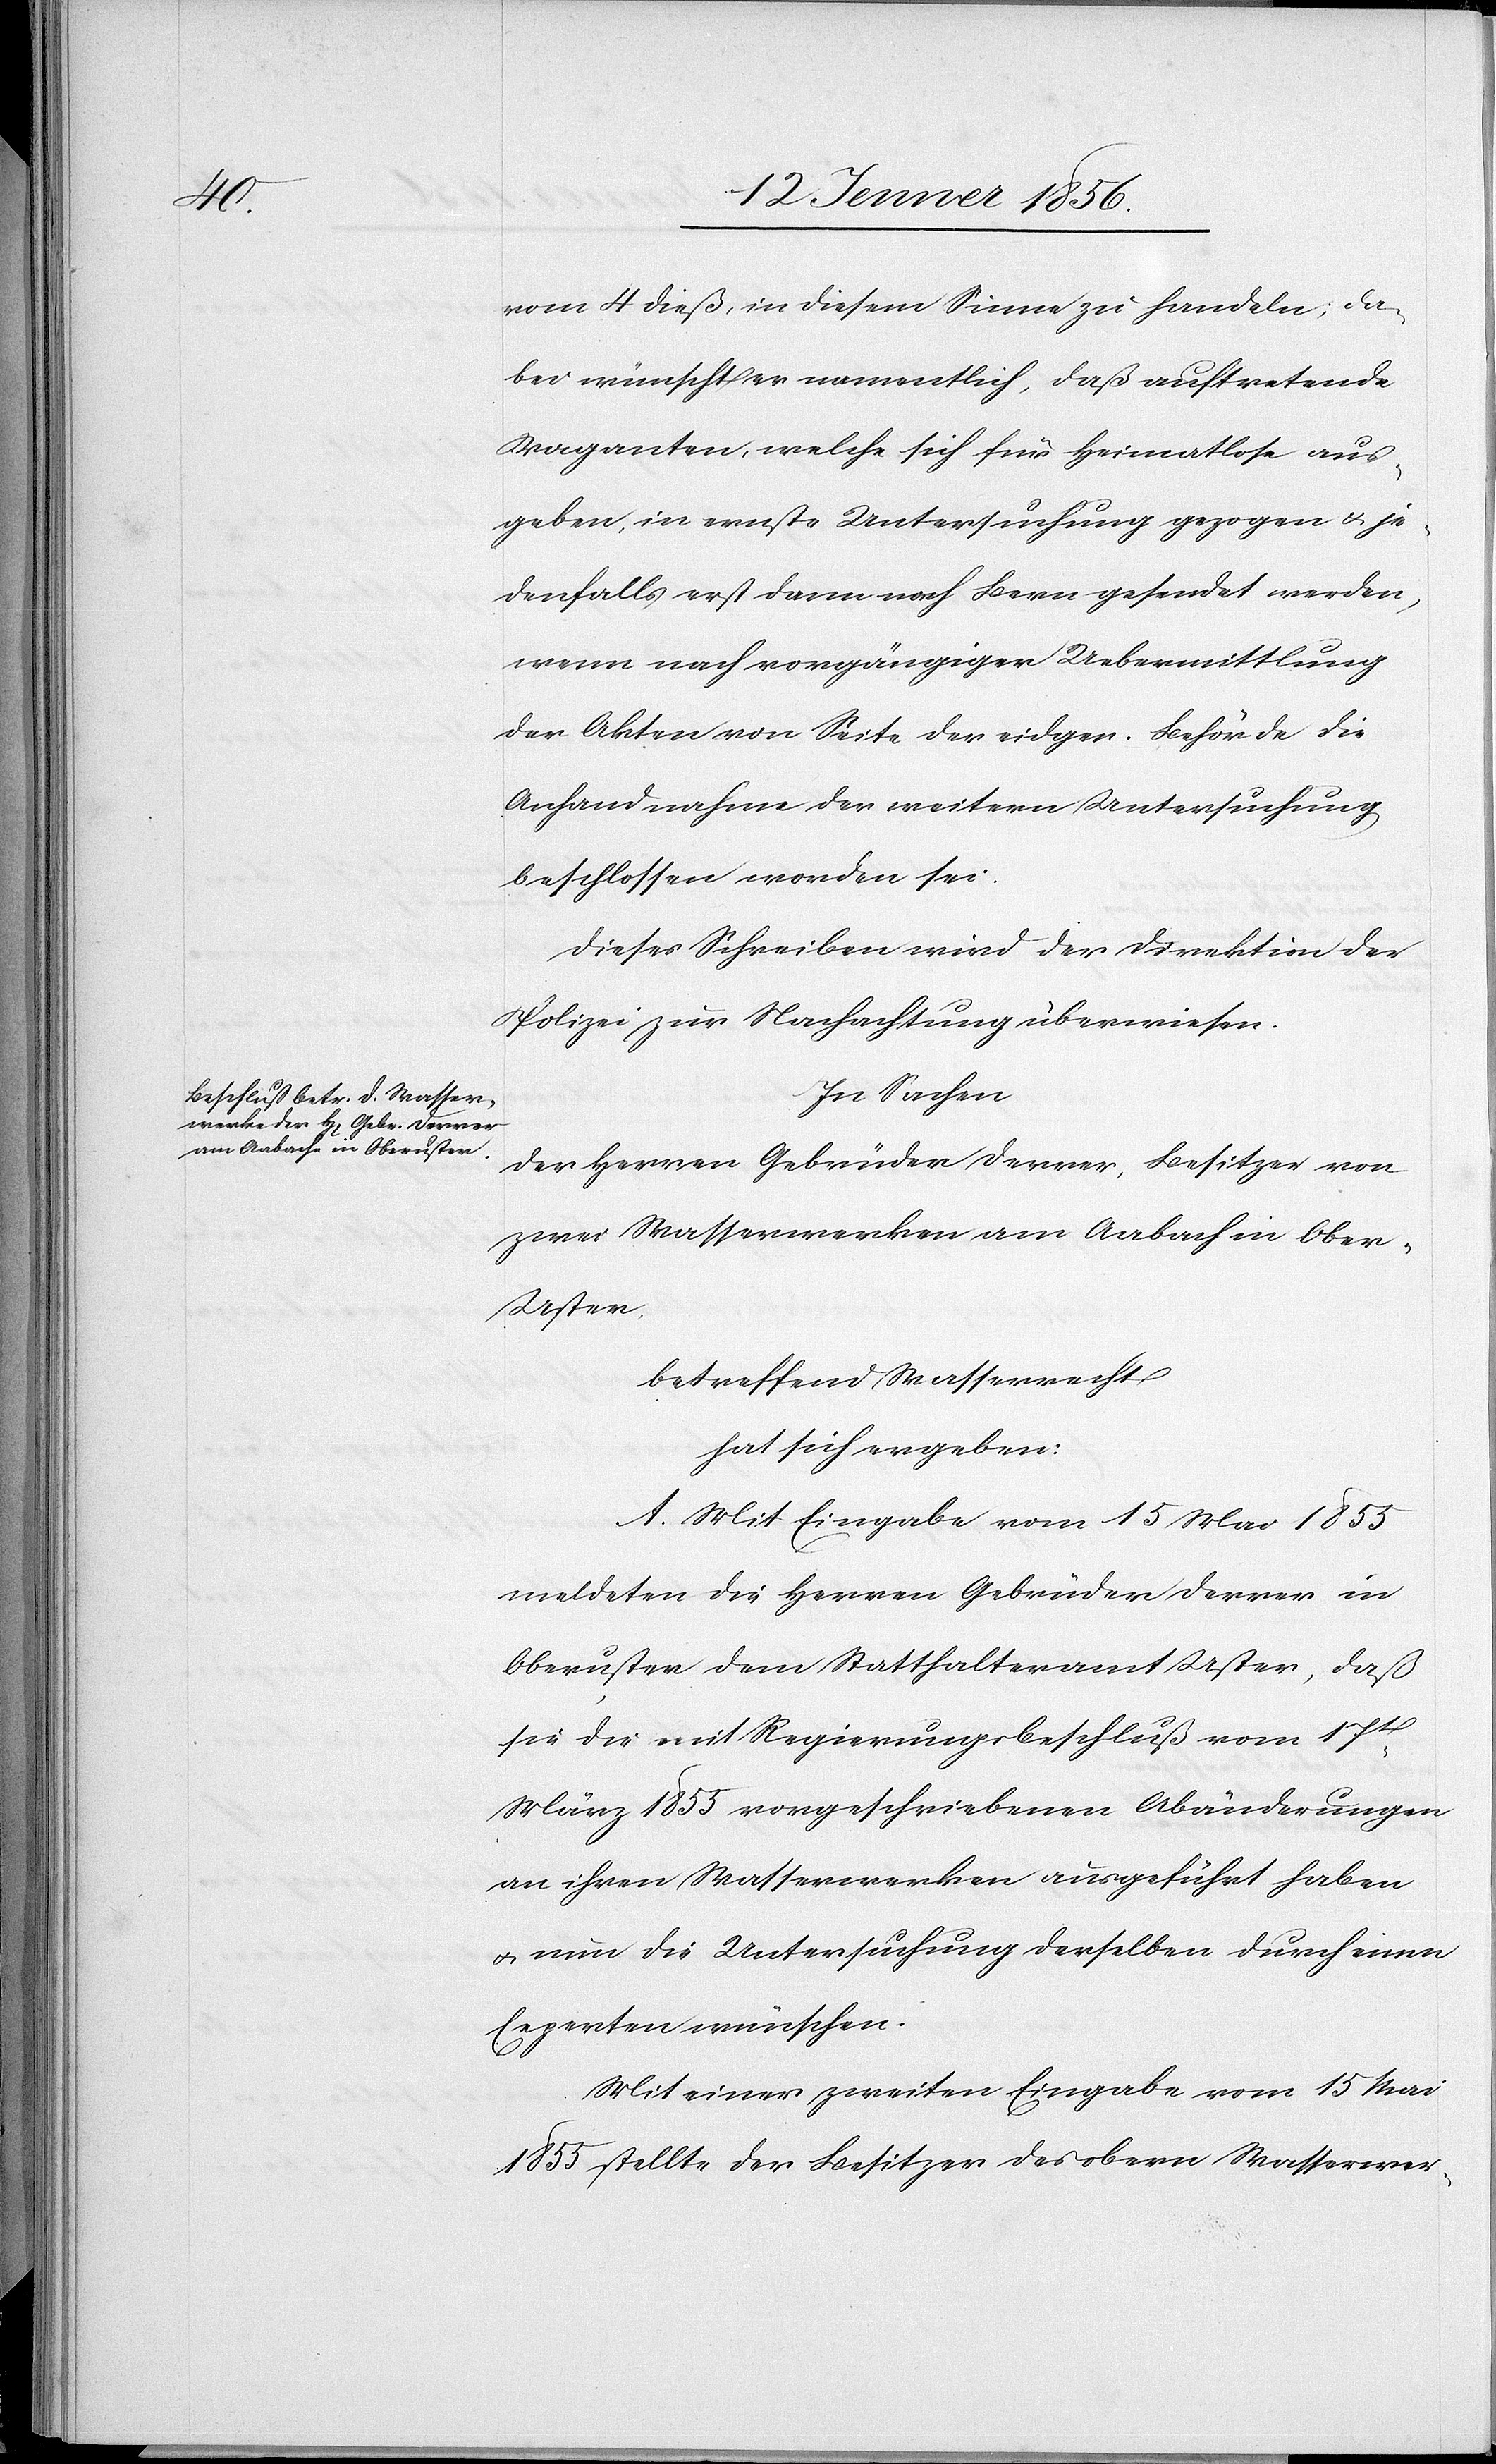
vom 4 dieß, in diesem Sinne zu handeln; da¬
bei wünscht er namentlich, daß auftretende
Vaganten, welche sich für Heimatlose aus¬
geben, in ernste Untersuchung gezogen u. je¬
denfalls erst dann nach Bern gesendet werden,
wenn nach vorgängiger Uebermittlung
der Akten von Seite der eidgen. Behörde die
Anhandnahme der weitern Untersuchung
beschlossen worden sei.
Dieses Schreiben wird der Direktion der
Polizei zur Nachachtung überwiesen.
In Sachen
der Herren Gebrüder Derrer, Besitzer von
zwei Wasserwerken am Aabach in Obe¬
r-Uster,
betreffend Wasserrecht
hat sich ergeben:
A. Mit Eingabe vom 15 Mai 1855
meldeten die Herren Gebrüder Derrer in
Oberuster dem Statthalteramt Uster, daß
sie die mit Regierungsbeschluß vom 17t
März 1855 vorgeschriebenen Abänderungen
an ihren Wasserwerken ausgeführt haben
u. nun die Untersuchung derselben durch einen
Experten wünschen.
Mit einer zweiten Eingabe vom 15 Mai
1855 stellte der Besitzer des obern Wasserwer-